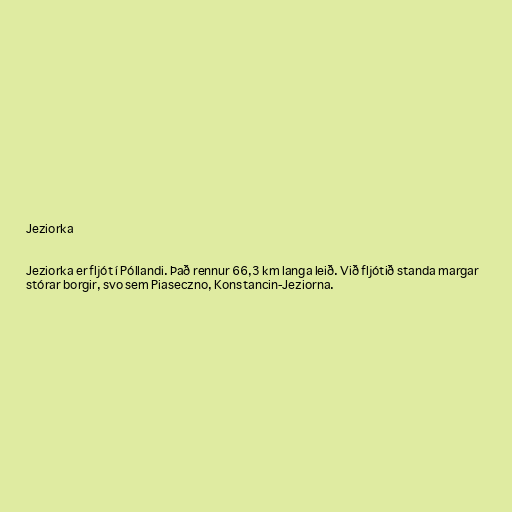
Jeziorka

Jeziorka er fljót í Póllandi. Það rennur 66,3 km langa leið. Við fljótið standa margar
stórar borgir, svo sem Piaseczno, Konstancin-Jeziorna.